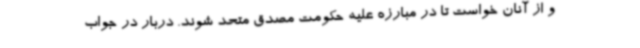
و از آنان خواست تا در مبارزه علیه حکومت مصدق متحد شوند. دربار در جواب